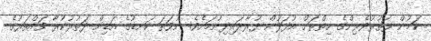
ކަމުން ފަތުރުވެރިންގެ ހިތްތަށް އުފަލުން ފުރާލައިދިނުމަށެވެ. ނުވަތަ ކަނޑުގެ އަޑިން ދަތުރުކުރާ ވައްތަރުގެ